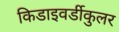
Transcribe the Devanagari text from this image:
किडाइवर्डीकुलर